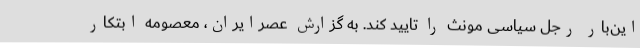
این‌بار رجل سیاسی مونث را تایید کند. به گزارش عصرایران، معصومه ابتکار